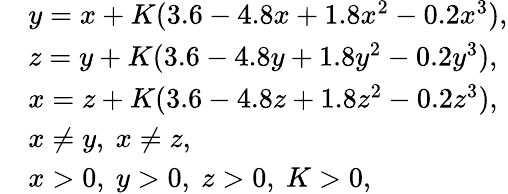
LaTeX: \begin{array}{rl}&{y=x+K(3.6-4.8x+1.8x^{2}-0.2x^{3}),}\\ &{z=y+K(3.6-4.8y+1.8y^{2}-0.2y^{3}),}\\ &{x=z+K(3.6-4.8z+1.8z^{2}-0.2z^{3}),}\\ &{{x\neq y,~x\neq z,}}\\ &{x>0,~y>0,~z>0,~K>0,}\end{array}